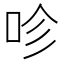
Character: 𠱉